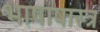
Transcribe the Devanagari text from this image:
भाषाषास्त्र